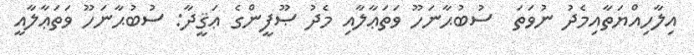
އިލާހިއްޔަތާއިމެދު ނުވަތަ  ސުބުޙާނަހޫ ވަތަޢާލާއި މެދު ޞޫފީންގެ ޢަޤީދާ: ސުބުޙާނަހޫ ވަތަޢާލާއީ